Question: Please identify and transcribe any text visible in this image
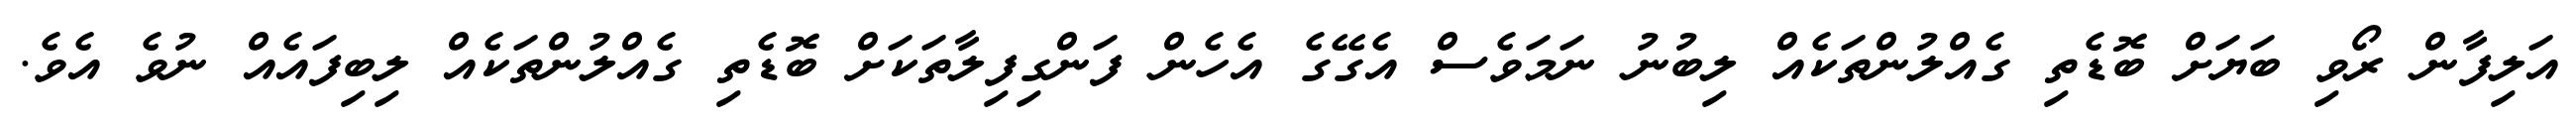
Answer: އަލިފާން ރޯވި ބަޔަށް ބޮޑެތި ގެއްލުންތަކެއް ލިބުނު ނަމަވެސް އެގޭގެ އެހެން ފަންގިފިލާތަކަށް ބޮޑެތި ގެއްލުންތަކެއް ލިބިފައެއް ނުވެ އެވެ.